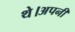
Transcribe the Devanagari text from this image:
थे।अपनी